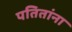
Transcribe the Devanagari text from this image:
पतितांना